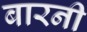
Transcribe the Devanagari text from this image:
बारनी